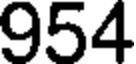
954